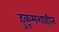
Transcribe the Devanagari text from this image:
हुकूमशाहीत